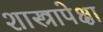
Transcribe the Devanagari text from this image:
शास्त्रापेक्षा